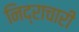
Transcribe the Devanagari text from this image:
निद्राचारी